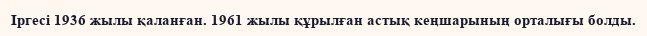
Іргесі 1936 жылы қаланған. 1961 жылы құрылған астық кеңшарының орталығы болды.